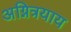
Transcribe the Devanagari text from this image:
अग्नित्रयाय